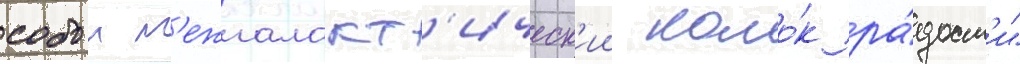
собои м'ежгалакт'ическ'ии комо́к ра́дост'и"